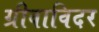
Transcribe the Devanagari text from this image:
ग्रीवाविदर